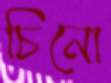
চিনো